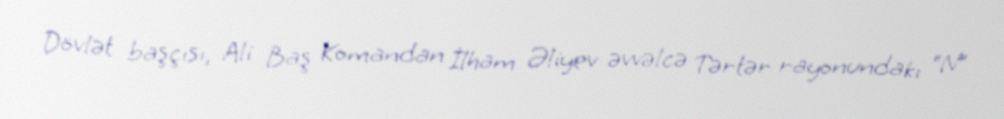
Dövlət başçısı, Ali Baş Komandan İlham Əliyev əvvəlcə Tərtər rayonundakı “N”